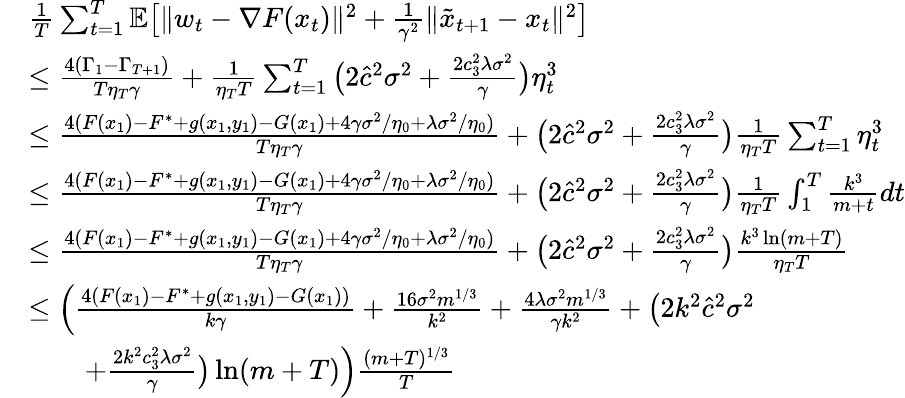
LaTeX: \begin{array}{rl}&{\frac{1}{T}\sum_{t=1}^{T}\mathbb{E}\big[\| w_{t}-\nabla F(x_{t})\| ^{2}+\frac{1}{\gamma^{2}}\| \tilde{x}_{t+1}-x_{t}\| ^{2}\big]}\\ &{\leq\frac{4(\Gamma_{1}-\Gamma_{T+1})}{T\eta_{T}\gamma}+\frac{1}{\eta_{T}T}\sum_{t=1}^{T}\big(2\hat{c}^{2}\sigma^{2}+\frac{2c_{3}^{2}\lambda\sigma^{2}}{\gamma}\big)\eta_{t}^{3}}\\ &{\leq\frac{4(F(x_{1})-F^{*}+g(x_{1},y_{1})-G(x_{1})+4\gamma\sigma^{2}/\eta_{0}+\lambda\sigma^{2}/\eta_{0})}{T\eta_{T}\gamma}+\big(2\hat{c}^{2}\sigma^{2}+\frac{2c_{3}^{2}\lambda\sigma^{2}}{\gamma}\big)\frac{1}{\eta_{T}T}\sum_{t=1}^{T}\eta_{t}^{3}}\\ &{\leq\frac{4(F(x_{1})-F^{*}+g(x_{1},y_{1})-G(x_{1})+4\gamma\sigma^{2}/\eta_{0}+\lambda\sigma^{2}/\eta_{0})}{T\eta_{T}\gamma}+\big(2\hat{c}^{2}\sigma^{2}+\frac{2c_{3}^{2}\lambda\sigma^{2}}{\gamma}\big)\frac{1}{\eta_{T}T}\int_{1}^{T}\frac{k^{3}}{m+t}dt}\\ &{\leq\frac{4(F(x_{1})-F^{*}+g(x_{1},y_{1})-G(x_{1})+4\gamma\sigma^{2}/\eta_{0}+\lambda\sigma^{2}/\eta_{0})}{T\eta_{T}\gamma}+\big(2\hat{c}^{2}\sigma^{2}+\frac{2c_{3}^{2}\lambda\sigma^{2}}{\gamma}\big)\frac{k^{3}\ln(m+T)}{\eta_{T}T}}\\ &{\leq\Big(\frac{4(F(x_{1})-F^{*}+g(x_{1},y_{1})-G(x_{1}))}{k\gamma}+\frac{16\sigma^{2}m^{1/3}}{k^{2}}+\frac{4\lambda\sigma^{2}m^{1/3}}{\gamma k^{2}}+\big(2k^{2}\hat{c}^{2}\sigma^{2}}\\ &{\qquad+\frac{2k^{2}c_{3}^{2}\lambda\sigma^{2}}{\gamma}\big)\ln(m+T)\Big)\frac{(m+T)^{1/3}}{T}}\end{array}